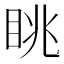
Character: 眺